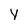
Character: Y